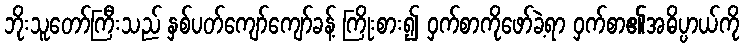
ဘိုးသူတော်ကြီးသည် နှစ်ပတ်ကျော်ကျော်ခန့် ကြိုးစား၍ ဝှက်စာကိုဖော်ခဲ့ရာ ဝှက်စာ၏အဓိပ္ပာယ်ကို